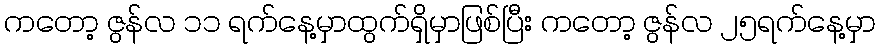
ကတော့ ဇွန်လ ၁၁ ရက်နေ့မှာထွက်ရှိမှာဖြစ်ပြီး ကတော့ ဇွန်လ ၂၅ရက်နေ့မှာ